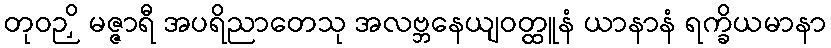
တုဝဉှိ မဇ္ဇာရီ အပရိညာတေသု အလဗ္ဘနေယျဝတ္ထူနံ ယာနာနံ ရက္ခိယမာနာ